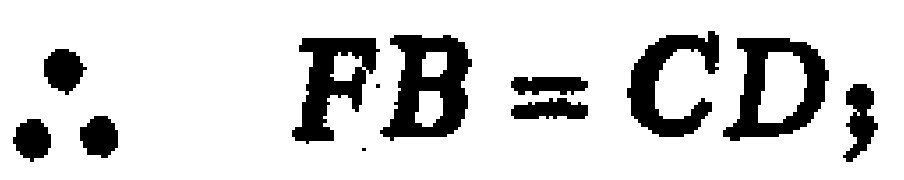
\(\therefore FB = CD;\)